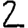
Digit: 2